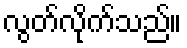
လွတ်လိုက်သည်။